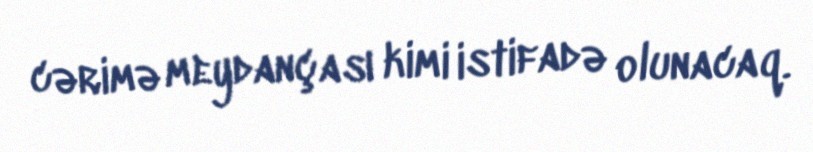
cərimə meydançası kimi istifadə olunacaq.